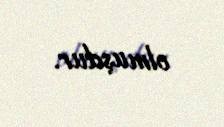
olmuşdur.